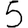
Digit: 5